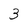
Character: 3